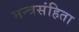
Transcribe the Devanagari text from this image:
मन्त्रसंहिता